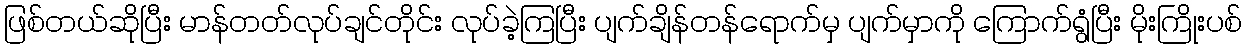
ဖြစ်တယ်ဆိုပြီး မာန်တတ်လုပ်ချင်တိုင်း လုပ်ခဲ့ကြပြီး ပျက်ချိန်တန်ရောက်မှ ပျက်မှာကို ကြောက်ရွံပြီး မိုးကြိုးပစ်